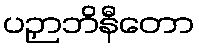
ပဉှာဘိနီတော